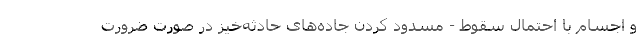
و اجسام با احتمال سقوط - مسدود کردن جاده‌های حادثه‌خیز در صورت ضرورت